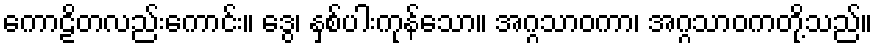
ကောဠိတလည်းကောင်း။ ဒွေ၊ နှစ်ပါးကုန်သော။ အဂ္ဂသာဝကာ၊ အဂ္ဂသာဝကတို့သည်။